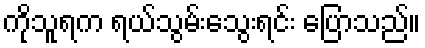
ကိုသူရက ရယ်သွမ်းသွေးရင်း ပြောသည်။